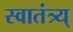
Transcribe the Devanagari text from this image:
स्वातंत्र्य्